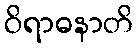
ဝိရာဓနာတိ